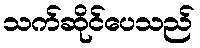
သက်ဆိုင်ပေသည်